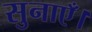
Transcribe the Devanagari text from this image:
सुनाएँ।